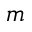
m